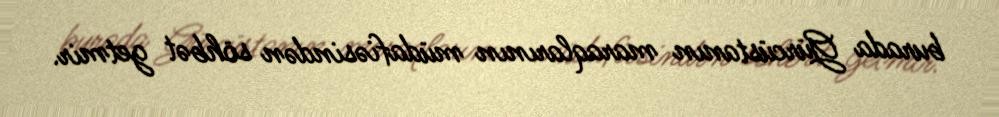
burada Gürcüstanın maraqlarının müdafiəsindən söhbət getmir.